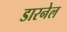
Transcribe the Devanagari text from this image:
डारनेल